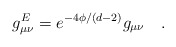
\begin{align*}g^E_{\mu\nu} = e^{-4\phi/(d-2)} g_{\mu\nu} \quad .\end{align*}